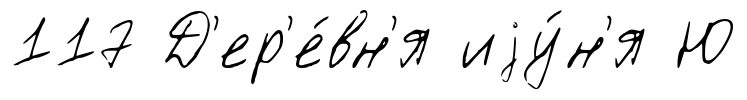
117 Д'ер'е́вн'я иjу́н'я Ю